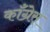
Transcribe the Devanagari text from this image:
कॉँँग्रेस्